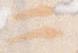
二